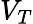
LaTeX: V_{T}